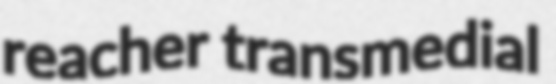
reacher transmedial